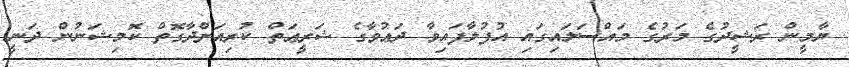
ޔާމީން ރަޝީދުގެ މަރުގެ މައްސަލައިގައި އުފުލާފައިވާ ދަޢުވާގެ ޝަރީޢަތް ކުރިއަށްދާގޮތް ކޮމިޝަނުން ދަނީ